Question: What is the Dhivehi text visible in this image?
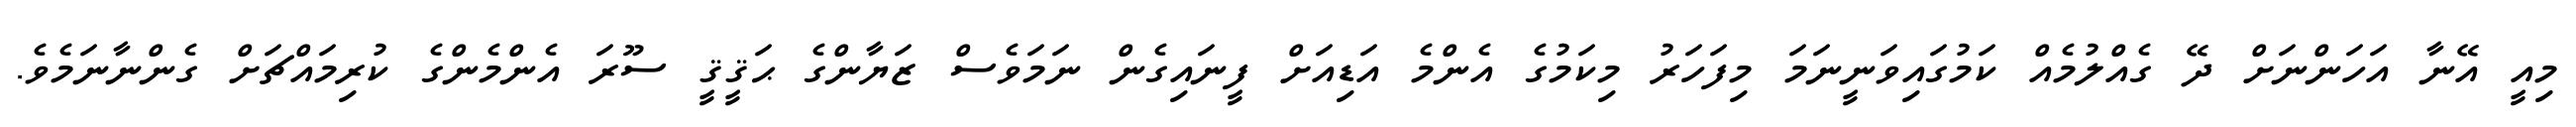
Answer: މިއީ އޭނާ އަހަންނަށް ދޭ ގެއްލުމެއް ކަމުގައިވަނީނަމަ މިފަހަރު މިކަމުގެ އެންމެ އަޑިއަށް ފީނައިގެން ނަމަވެސް ޒަޔާންގެ ޙަޤީޤީ ސޫރަ އެންމެންގެ ކުރިމައްޗަށް ގެންނާނަމެވެ.